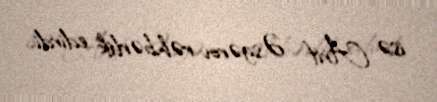
isə Arif Əsgərov rəhbərlik edirdi.